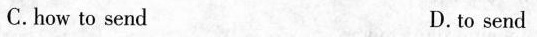
C.how to send D.to send